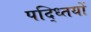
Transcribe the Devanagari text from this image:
पद्ध्तियों